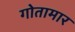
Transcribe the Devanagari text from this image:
गोतामार